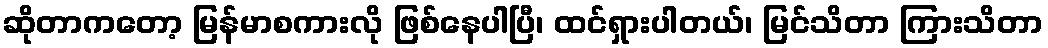
ဆိုတာကတော့ မြန်မာစကားလို ဖြစ်နေပါပြီ၊ ထင်ရှားပါတယ်၊ မြင်သိတာ ကြားသိတာ